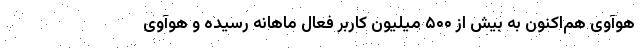
هوآوی هم‌اکنون به بیش از ۵۰۰ میلیون کاربر فعال ماهانه رسیده و هوآوی